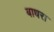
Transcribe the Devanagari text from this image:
बाधरा